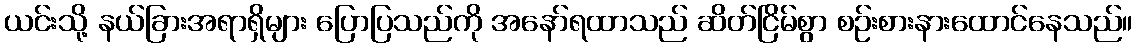
ယင်းသို့ နယ်ခြားအရာရှိများ ပြောပြသည်ကို အနော်ရထာသည် ဆိတ်ငြိမ်စွာ စဉ်းစားနားထောင်နေသည်။